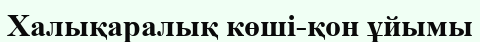
Халықаралық көші-қон ұйымы